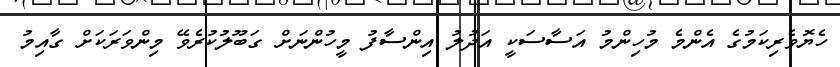
ހެޔޮވެރިކަމުގެ އެންމެ މުހިންމު އަސާސަކީ އަދުލު އިންސާފު މީހުންނަށް ގަބޫލުކުރެވޭ މިންވަރަކަށް ގާއިމު